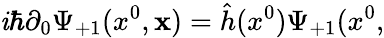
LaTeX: \mathit{i}\hbar\partial_{0}\Psi_{+1}(x^{0},{\mathbf{x}})=\hat{{h}}(x^{0})\Psi_{+1}(x^{0},